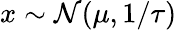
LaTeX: x\sim{\mathcal{N}}(\mu,1/\tau)